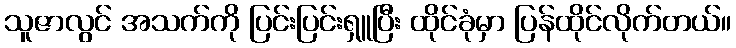
သူဇာလွင် အသက်ကို ပြင်းပြင်းရှူပြီး ထိုင်ခုံမှာ ပြန်ထိုင်လိုက်တယ်။